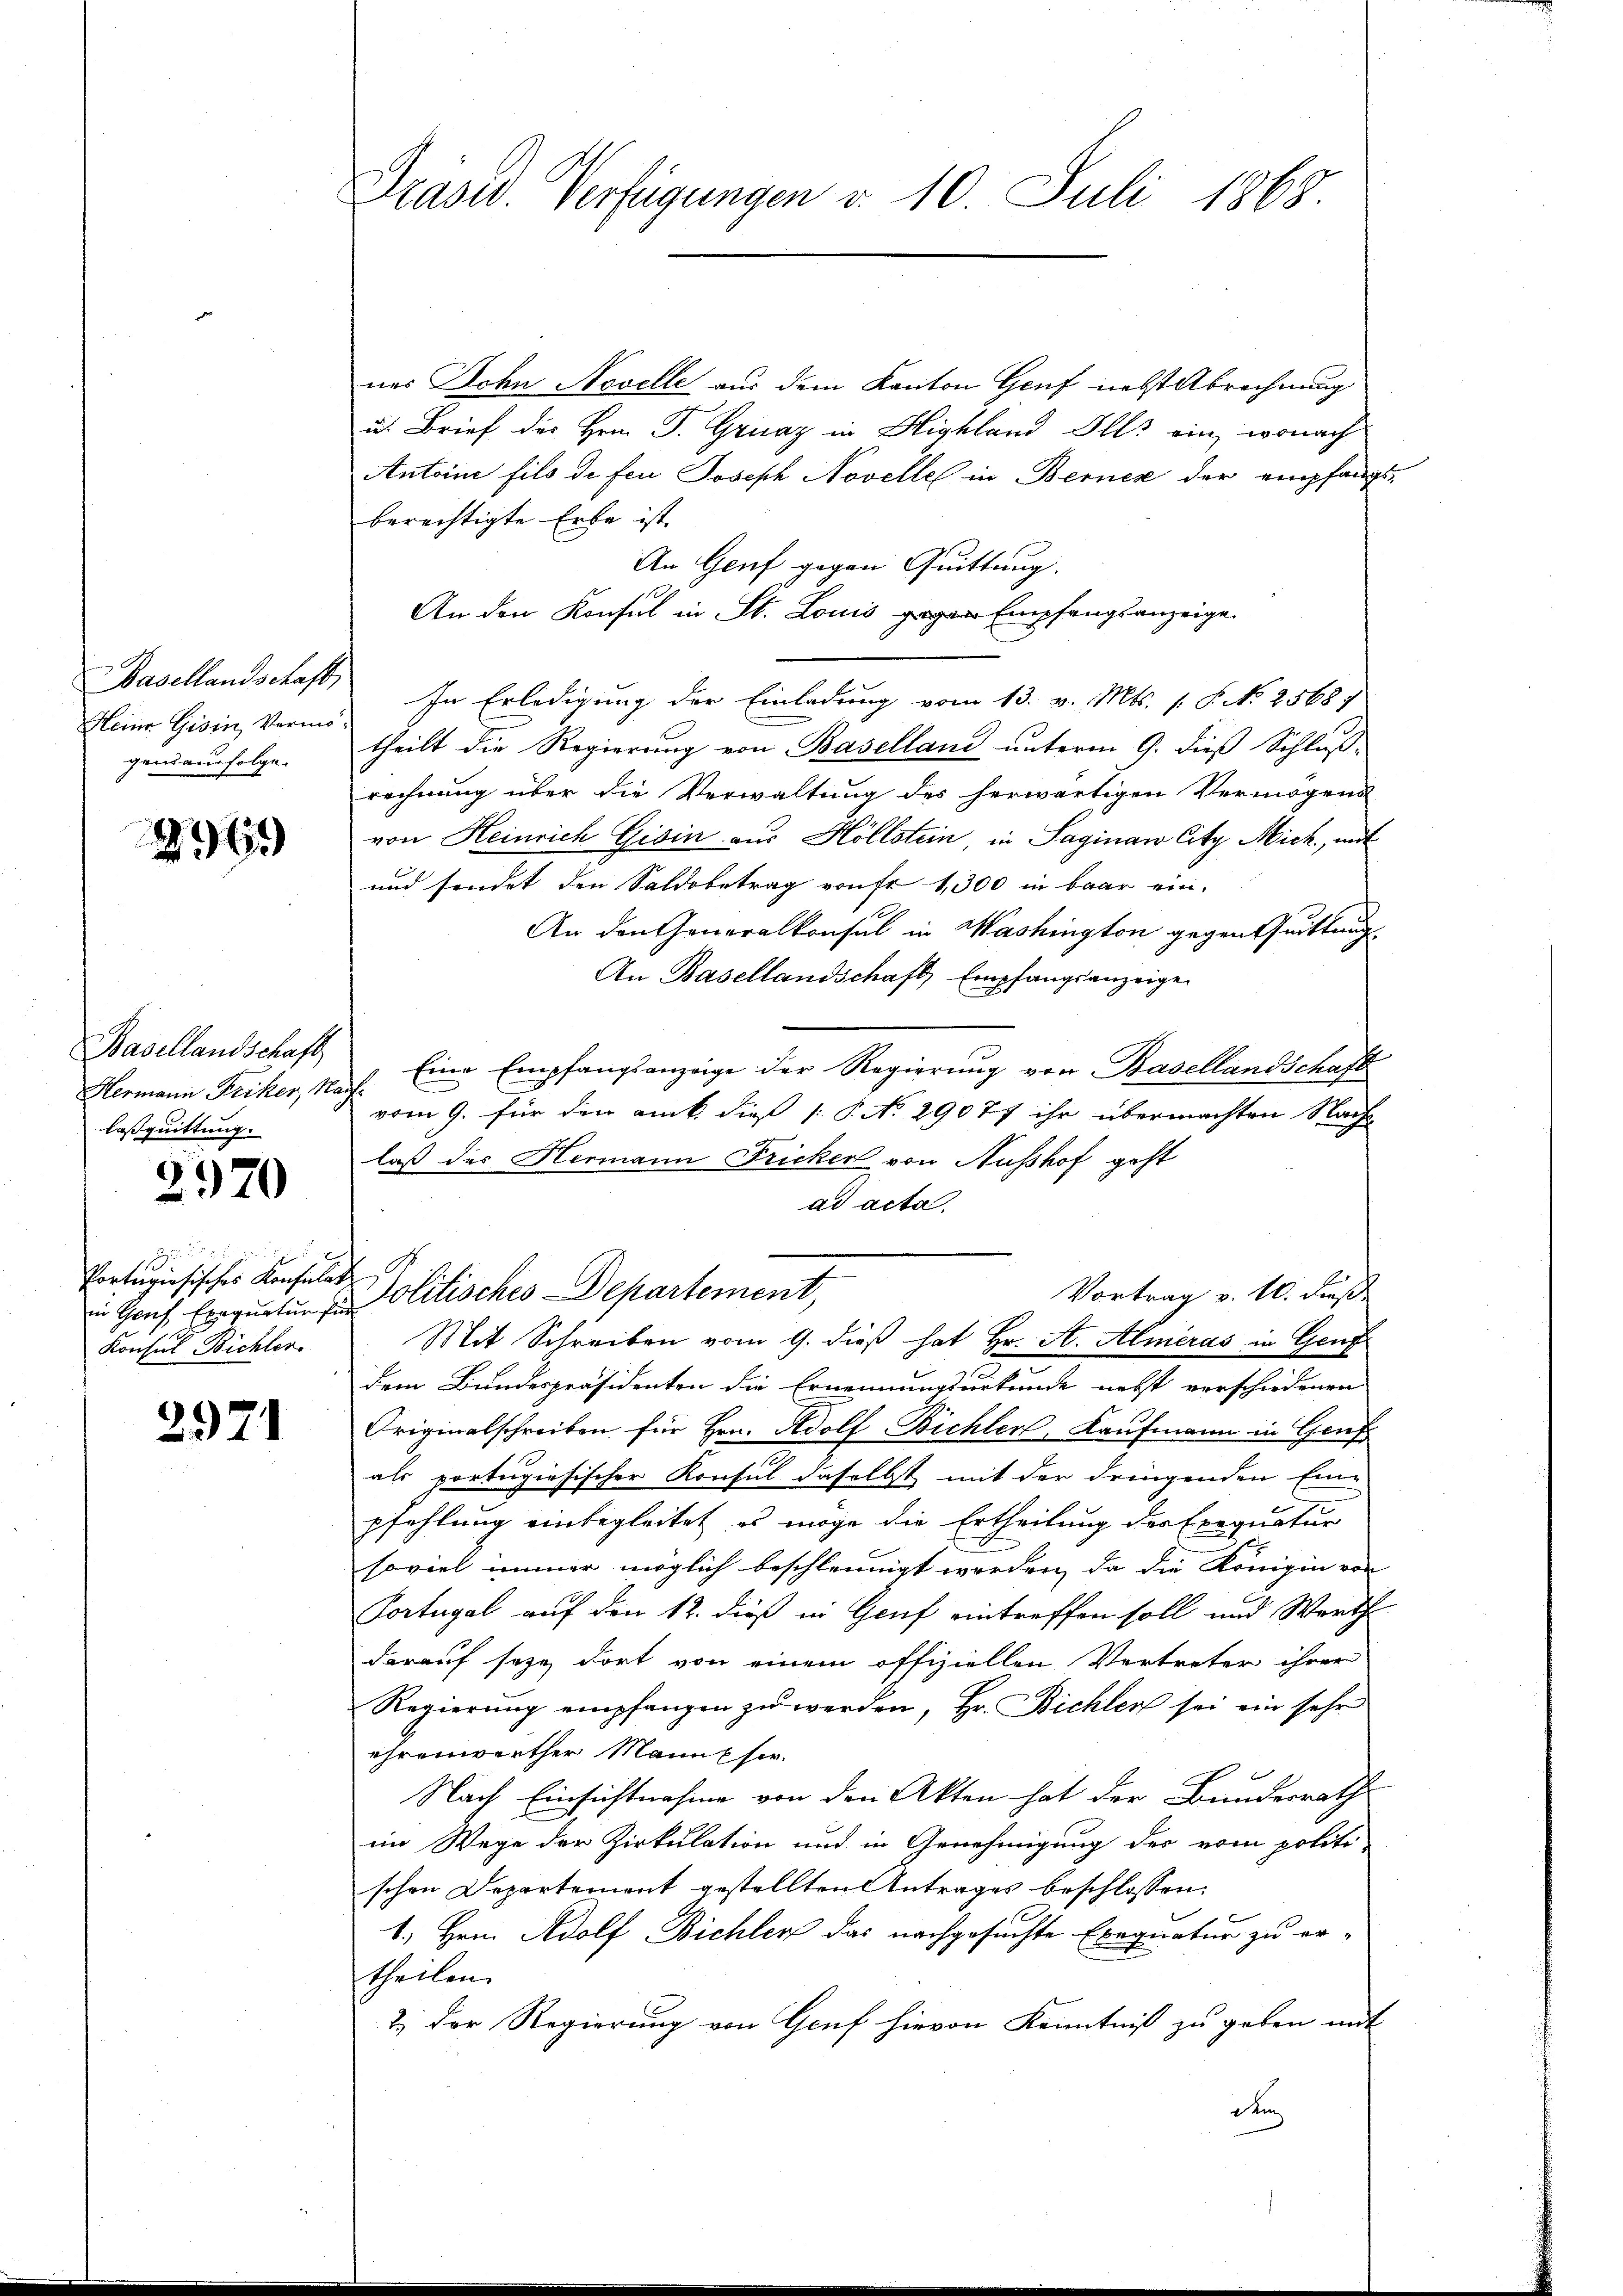
Basellandschaft
Meine Gisin, Vermögensausfolge.

299

Hermann Friker, M
lasquittung.

2570

85
Portigiosisches Konsula
Konsul Bichler

2971

Präsid. Verfügungen v. 10. Juli 1868.

nes Sohn Novelle aus dem Kanton Genf nebst Abrechnung
u. Brief der Hrn. P. Gruaz in Highland Ills ein, wonach
Antoine fils de fen Joseph Novelle in Berner der empfangste
berechtigte Erbe ist.
An Genf gegen Quittung.
An den Konsul in St. Louis gegen Empfangsanzeige.
In Erledigung der Einladung vom 13. v. Mts. 1. P. No 25687
theilt die Regierung von Baselland unterm 9. dieß Schluß-
rechnung über die Verwaltung des herwärtigen Vermögens
von Heinrich Gisin aus Höllstein, in Saginaw City Mich, mit
und sendet den Saldobetrag von fr 1,300 in baar ein-
An den Generalkonsul in Washington gegen Quittung
An Basellandschaft, Empfangsanzeige
Basellandschaft " Eine Empfangsanzeige der Regierŭng von Basellandschaft
ächt
vom 9. für den Ruck dieß (: P. No 29077 ihr übermachten Nacht
laß des Hermann Fricker von Ausshof geht
ad acta.

Vortrag v. 10. dieß
i Hof Eerquatur zu Olitisches Departement,
Mit Schreiben vom 9. dieß hat Hr. A. Almeras in Genf
dem Bundespräsidenten die Ernennungsurkunde nebst verschiedenen
Originalschreiben für Hrn. Adolf Bichler, Kaufmann in Genf
als portugiesischer Konsul daselbst mit der dringenden Ein-
pfehlung einbegleitet es möge die Ertheilung der Exequatur
soviel immer möglich beschleunigt worden, da die Königin von
Portugal auf den 12. dieß in Gruf eintreffen soll und Werth
darauf seze, dort von einem offiziellen Vertreter ihrer
Regierŭng empfangen zŭ werden, Hr. Bichler sei ein sehr
ehrenwerther Manns ser
Nach Einsichtnahme von den Akten hat der Banderrath
im Wege der Zirkulation und in Genehmigung des vom politi-
schon Departement gestellten Antrages beschlossen:
6.) Hrn. Adolf Bichler das nachgesuchte Exequatur zu er-
theilen.
2.) Der Regierung von Gruf hievon Kenntniß zu geben mit
dem